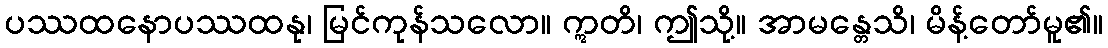
ပဿထနောပဿထနု၊ မြင်ကုန်သလော။ ဣတိ၊ ဤသို့။ အာမန္တေသိ၊ မိန့်တော်မူ၏။